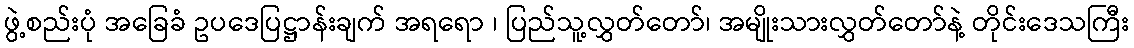
ဖွဲ့စည်းပုံ အခြေခံ ဥပဒေပြဋ္ဌာန်းချက် အရရော ၊ ပြည်သူ့လွှတ်တော်၊ အမျိုးသားလွှတ်တော်နဲ့ တိုင်းဒေသကြီး